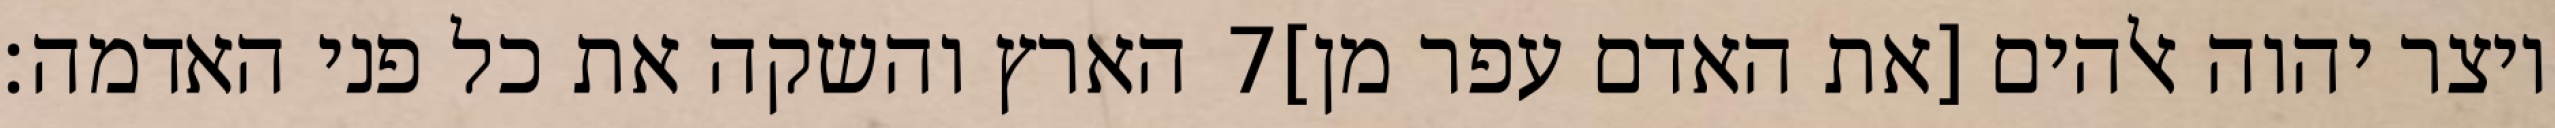
הארץ והשקה את כל פני האדמה׃ ‎7‏ ויצר יהוה אלהים [את האדם עפר מן]